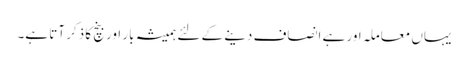
یہاں معاملہ اور ہے انصاف دینے کے لئے ہمیشہ بار اور بنچ کا ذکر آتا ہے۔